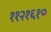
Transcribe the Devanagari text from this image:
११२१६१०